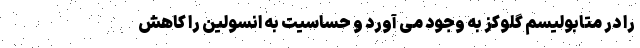
را در متابولیسم گلوکز به وجود می‌ آورد و حساسیت به انسولین را کاهش